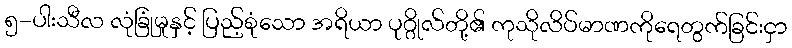
၅-ပါးသီလ လုံခြုံမှုနှင့် ပြည့်စုံသော အရိယာ ပုဂ္ဂိုလ်တို့၏ ကုသိုလိပ်မာဏကိုရေတွက်ခြင်းငှာ